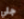
جلي